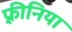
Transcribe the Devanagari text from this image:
फ़्रीनिया